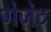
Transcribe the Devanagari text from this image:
गेज़ेट